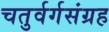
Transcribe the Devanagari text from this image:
चतुर्वर्गसंग्रह